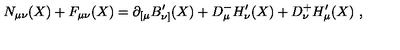
N _ { \mu \nu } ( X ) + F _ { \mu \nu } ( X ) = \partial _ { [ \mu } B _ { \nu ] } ^ { \prime } ( X ) + D _ { \mu } ^ { - } H _ { \nu } ^ { \prime } ( X ) + D _ { \nu } ^ { + } H _ { \mu } ^ { \prime } ( X ) \ ,